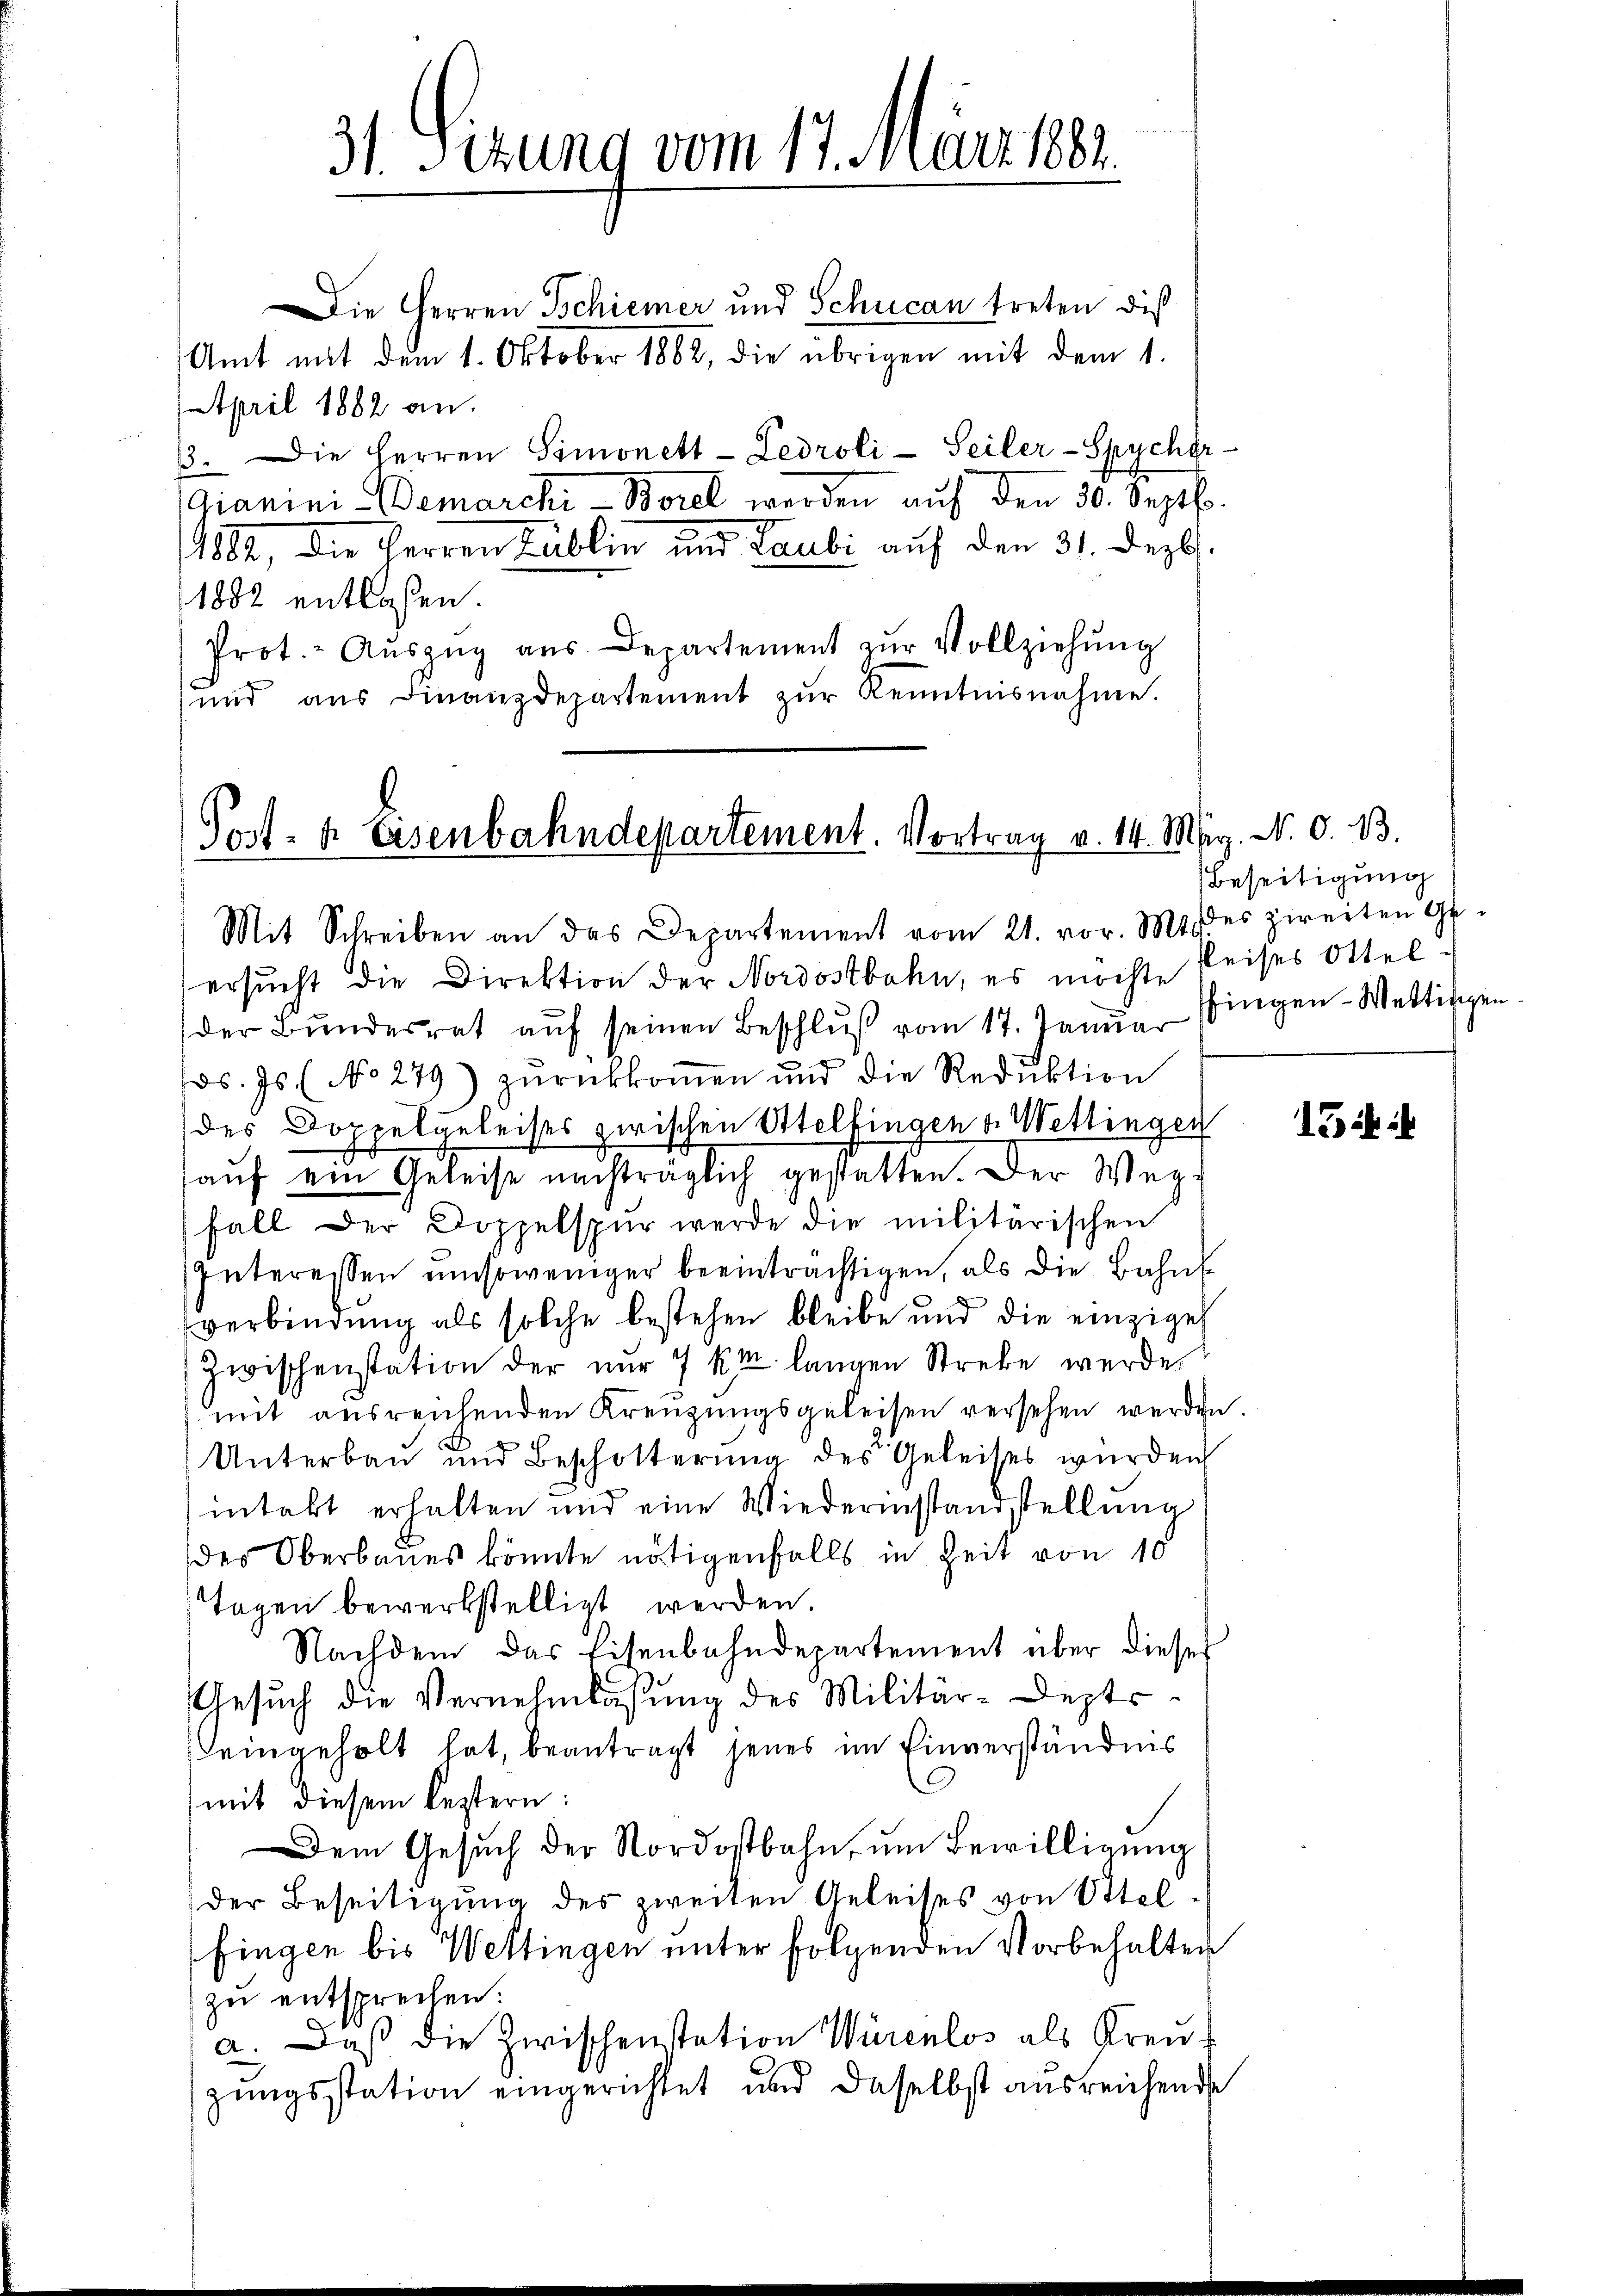
Die Herren Schiener und Schucan treten diß
Amt mit dem 1. Oktober 1882, die übrigen mit dem 1.
April 1882 an.
33. Die Herren Simonett-Ledroli- Seiler-Spycher-
Gianini Demarchi- Borel werden auf den 30. Septb.
1882, die Herren Lublin und Laubi auf den 31. Dezbr.
1882 entlassen.
Prot. Aŭszŭg aŭs Departement zŭr Vollziehŭng
und aŭs Finanzdepartement zŭr Kenntnisnahme.

31. Sizung vom 17. März 1882.

Post- & Eisenbahndepartement. Vortrag v. 14. M. N. O. B.
Mit Schreiben an das Departement vom 21. vor. Mts. es zweiten Ge-

ersucht die Direktion der Nordostbahn, es möchte
der Bŭndesrat aŭf seinen Beschlŭβ vom 17. Januar (bingen - Wettischen
ds. Js. (No 279) zŭrückkoṁen und die Reduktion
des Doppelgeleises zwischen Otelfingen v. Wettingen
auf ein Geleise nachträglich gestatten. Der Wegfall der Doppelspur werde die militärischen
Interessen umsoweniger beeinträchtigen, als die Bahnverbindung als solche bestehen bleibe und die einzige
Zwischenstation der nur 7 k.M. langen Streke wurde.
mit ausreichenden Kreuzungsgeleisen versehen werden.
Unterbau und Beschotterŭng des Geleises würden
intakt erhalten und eine Wiederinstandstellung
des Oberbaues könnte nötigenfalls in Zeit von 10
Tagen bewerkstelligt werden.
Nachdem das Eisenbahndepartement über dieser
Gesŭch die Vernehmlassung des Militär-Deptseingeholt hat, beantragt jenes im Einverständnis
G
mit diesem leztern:
Dem Gesŭch der Nordostbahn um Bewilligung
der Beseitigŭng des zweiten Geleises von Ottel-
fingen bis Wettingen unter folgenden Vorbehalten
zu entsprechen:
a. Daß die Zwischenstation Würenlos als Kreuzungsstation eingerichtet und daselbst ausreichende

Beseitigung
Reises Ottel

13 i